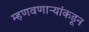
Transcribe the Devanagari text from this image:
म्हणवणाऱ्यांकडून